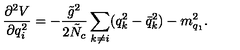
\frac { \partial ^ { 2 } V } { \partial q _ { i } ^ { 2 } } = - \frac { \tilde { g } ^ { 2 } } { 2 \tilde { N } _ { c } } \sum _ { k \neq i } ( q _ { k } ^ { 2 } - \bar { q } _ { k } ^ { 2 } ) - m _ { q _ { 1 } } ^ { 2 } .